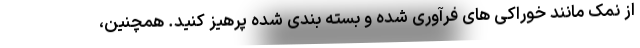
از نمک مانند خوراکی های فرآوری شده و بسته بندی شده پرهیز کنید. همچنین،